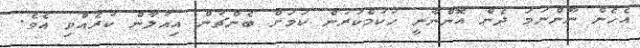
އެހެން ނޫންނަމަ ދެން އޮންނާނީ ހުކުމްކުރުން ކަމަށް ބެންޗުން އިއުލާން ކުރެއްވި އެވެ.